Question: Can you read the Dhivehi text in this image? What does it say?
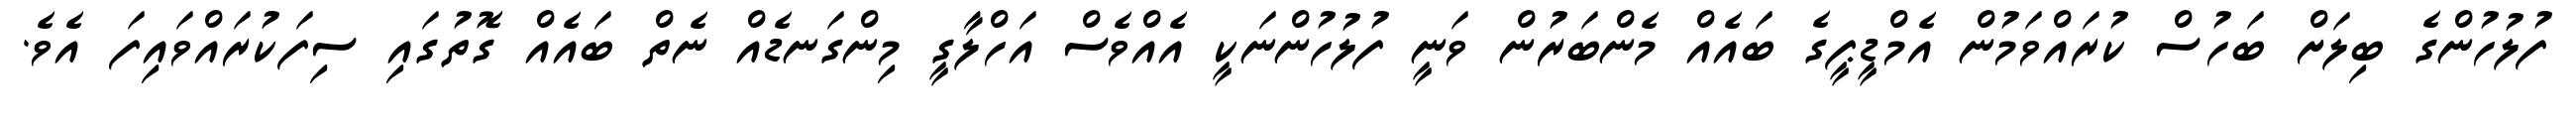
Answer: ފުލުހުންގެ ބިލަށް ބަހުސް ކުރައްވަމުން އެމްޑީޕީގެ ބައެއް މެންބަރުން ވަނީ ފުލުހުންނަކީ އެއްވެސް އަހްލާގީ މިންގަނޑެއް ނެތް ބައެއް ގޮތުގައި ސިފަކުރައްވައިފަ އެވެ.